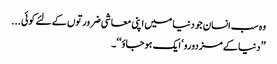
وہ سب انسان جو دنیا میں اپنی معاشی ضرورتوں کے لئے کوئی ...
’’دنیا کے مزدورو‘ ایک ہو جاؤ‘ ‘۔